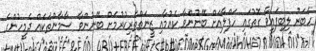
ހަބަރު ލިބިފައިވާ ގޮތުގައި ހަފްލާއަށް ބޭނުންވާ ކެއުމާއި ޒީނަތްތެރިކުރުމަށް ބޭނުންވާ ސާމާންތަކެއް ދެމީހުންގެ